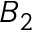
B _ { 2 }